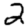
Digit: 2